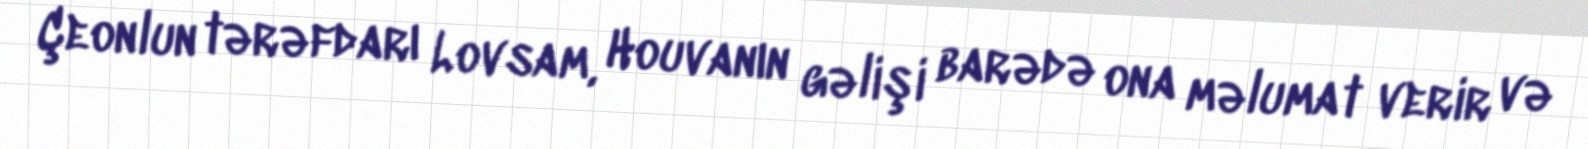
Çeonlun tərəfdarı Lovsam, Houvanın gəlişi barədə ona məlumat verir və